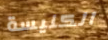
الكنيسة